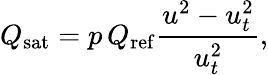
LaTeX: Q_{\mathrm{sat}}=p\, Q_{\mathrm{ref}}\frac{u^{2}-u_{t}^{2}}{u_{t}^{2}},